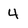
Character: 4